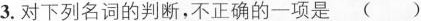
3.对下列名词的判断，不正确的一项是()